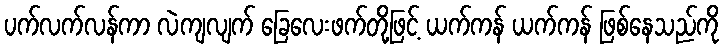
ပက်လက်လန်ကာ လဲကျလျက် ခြေလေးဖက်တို့ဖြင့် ယက်ကန် ယက်ကန် ဖြစ်နေသည်ကို